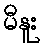
မီနူး